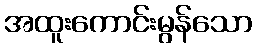
အထူးကောင်းမွန်သော